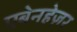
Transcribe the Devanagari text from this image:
एबेनहेज़र